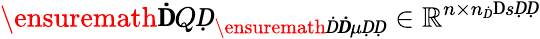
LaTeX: \ensuremath{\mathbf ḊQḌ}_{\ensuremath Ḋ\boldsymbol Ḋ\mu ḌḌ}\in\mathbb{R}^{n\times n_{Ḋ}\mathrm ḊsḌḌ}